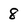
Character: 8